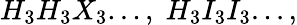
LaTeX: H_{3}H_{3}X_{3}...,\; H_{3}I_{3}I_{3}...,